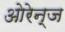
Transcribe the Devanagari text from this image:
ओरेन्ज